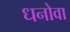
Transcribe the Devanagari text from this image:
धनोवा